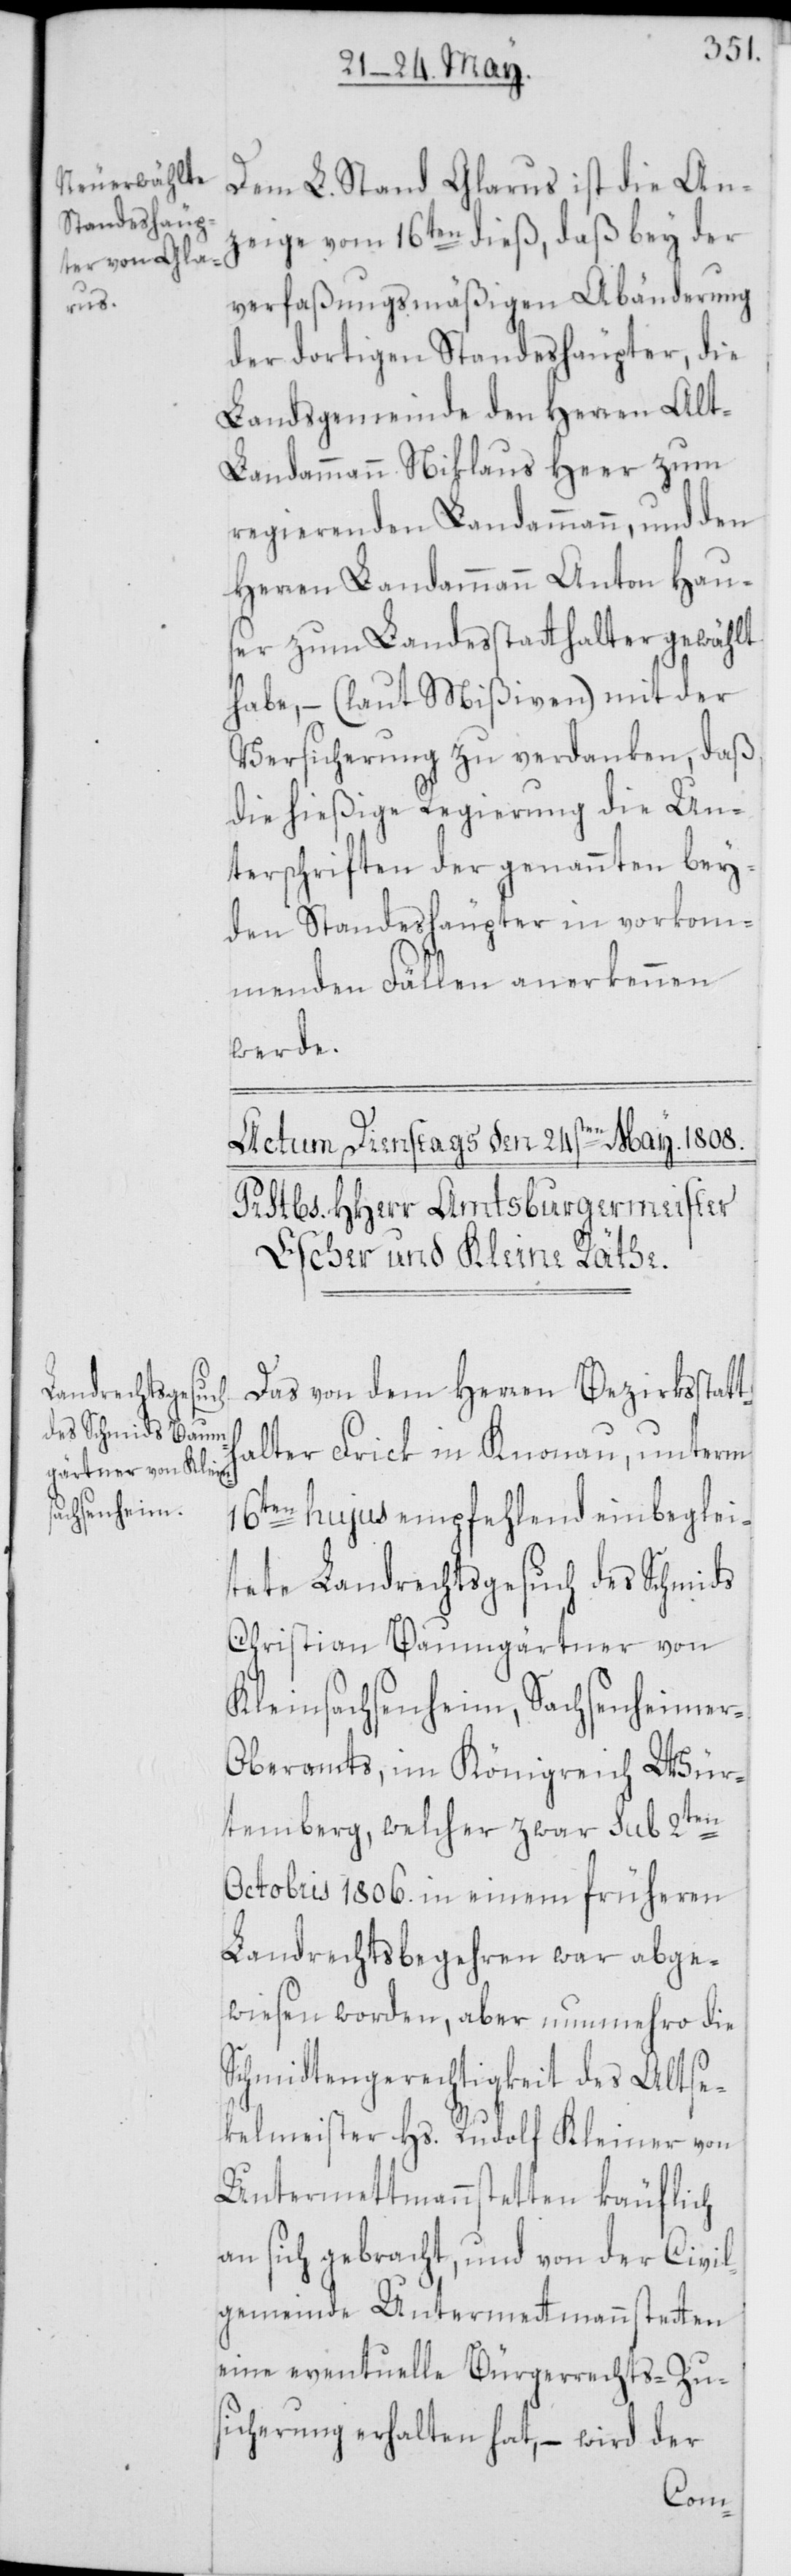
Dem L. Stand Glarus ist die An¬
zeige vom 16ten dieß, daß bey der
verfaßungsmäßigen Abänderung
der dortigen Standeshäupter, die
Landsgemeinde den Herren Al¬
t-Landammann Niklaus Heer zum
regierenden Landammann, und den
Herren Landammann Anton Hau¬
ser zum Landesstatthalter gewählt
habe, – (laut Mißiven) mit der
Versicherung zu verdanken, daß
die hießige Regierung die Un¬
terschriften der genannten bey¬
den Standeshäupter in vorkom¬
menden Fällen anerkennen
werde.
Das von dem Herren Bezirksstatt¬
halter Frick in Knonau, unterm
16ten hujus empfehlend einbeglei¬
tete Landrechtsgesuch des Schmids
Christian Baumgärtner von
Kleinsachsenheim, Sachsenheimer-O¬
beramts, im Königreich Wür¬
temberg, welcher zwar sub 2ten
Octobris 1806. in einem früheren
Landrechtsbegehren war abge¬
wiesen worden, aber nunmehro die
Schmidtengerechtigkeit des Altse¬
ckelmeister Hs. Rudolf Kleiner von
Untermettmannstetten käuflich
an sich gebracht, und von der Civil¬
gemeinde Untermettmannstetten
eine eventuelle Bürgerrechts-Zu¬
sicherung erhalten hat, – wird der